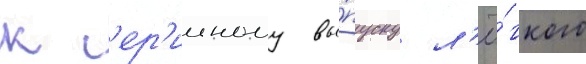
к с'ер'ииному вы́пуску л'ё́гкого